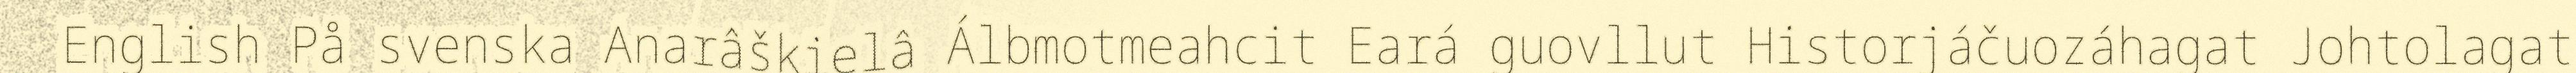
English På svenska Anarâškielâ Álbmotmeahcit Eará guovllut Historjáčuozáhagat Johtolagat